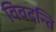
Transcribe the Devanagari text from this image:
विवदन्ति